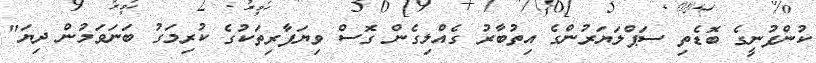
ކުންފުނީގެ ބޮޑެތި ސަޕްލަޔަރުންގެ އިތުބާރު ގެއްލިގެން ގޮސް ވިޔަފާރިތަކުގެ ކުރިމަގު ބަނަވަމުން ދިޔަ"